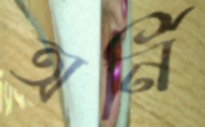
অর্নি